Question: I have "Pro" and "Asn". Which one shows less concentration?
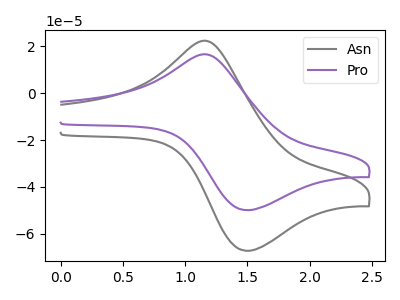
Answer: <think>The gray curve "Asn" has an anodic peak at (1.20V, 22.20uA) and a cathodic peak at (1.50V, -67.35uA). The purple curve "Pro" has an anodic peak at (1.20V, 16.45uA) and a cathodic peak at (1.50V, -49.95uA).
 All the peaks in "Pro" have a peak in "Asn" at the same potential. Every peak in "Pro" is lower than every peak in "Asn".</think>
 <answer>"Pro" has less signal than "Asn" and so likely has a lower concentration.</answer>
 <eval>less_concentration</eval>